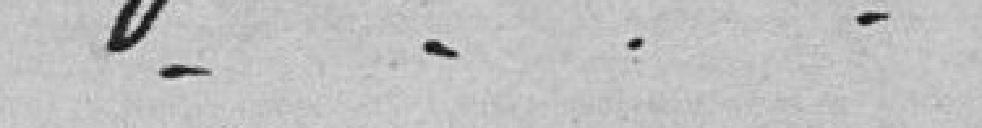
-----